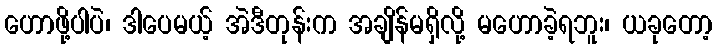
ဟောဖို့ပါပဲ၊ ဒါပေမယ့် အဲဒီတုန်းက အချိန်မရှိလို့ မဟောခဲ့ရဘူး၊ ယခုတော့